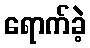
ရောက်ခဲ့